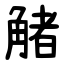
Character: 觰